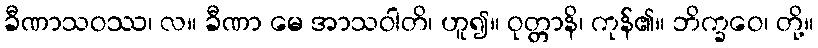
ခီဏာသဝဿ၊ လ။ ခီဏာ မေ အာသဝါတိ၊ ဟူ၍။ ဝုတ္တာနိ၊ ကုန်၏။ ဘိက္ခဝေ၊ တို့။